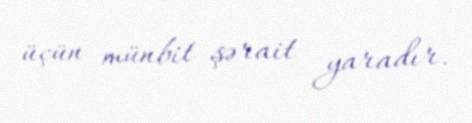
üçün münbit şərait yaradır.